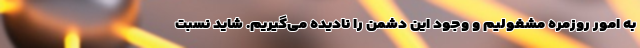
به امور روزمره مشغولیم و وجود این دشمن را نادیده می‌گیریم. شاید نسبت